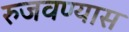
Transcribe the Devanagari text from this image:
रुजवण्यास